Indian Civil Veterinary Department memoirs
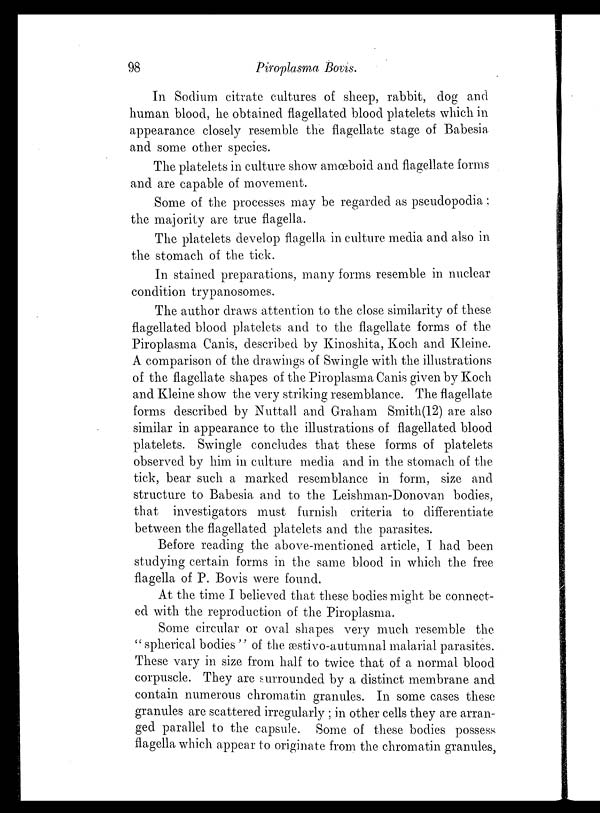
98
Piroplasma Bovis.
In Sodium citrate cultures of sheep, rabbit, dog and
human blood, he obtained flagellated blood platelets which in
appearance closely resemble the flagellate stage of Babesia
and some other species.
The platelets in culture show amœboid and flagellate forms
and are capable of movement.
Some of the processes may be regarded as pseudopodia;
the majority are true flagella.
The platelets develop flagella in culture media and also in
the stomach of the tick.
In stained preparations, many forms resemble in nuclear
condition trypanosomes.
The author draws attention to the close similarity of these
flagellated blood platelets and to the flagellate forms of the
Piroplasma Canis, described by Kinoshita, Koch and Kleine.
A comparison of the drawings of Swingle with the illustrations
of the flagellate shapes of the Piroplasma Canis given by Koch
and Kleine show the very striking resemblance. The flagellate
forms described by Nuttall and Graham Smith(12) are also
similar in appearance to the illustrations of flagellated blood
platelets. Swingle concludes that these forms of platelets
observed by him in culture media and in the stomach of the
tick, bear such a marked resemblance in form, size and
structure to Babesia and to the Leishman-Donovan bodies,
that investigators must furnish criteria to differentiate
between the flagellated platelets and the parasites.
Before reading the above-mentioned article, I had been
studying certain forms in the same blood in which the free
flagella of P. Bovis were found.
At the time I believed that these bodies might be connect-
ed with the reproduction of the Piroplasma.
Some circular or oval shapes very much resemble the
"spherical bodies" of the æstivo-autumnal malarial parasites.
These vary in size from half to twice that of a normal blood
corpuscle. They are surrounded by a distinct membrane and
contain numerous chromatin granules. In some cases these
granules are scattered irregularly; in other cells they are arran-
ged parallel to the capsule. Some of these bodies possess
flagella which appear to originate from the chromatin granules,